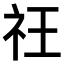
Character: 𥘛